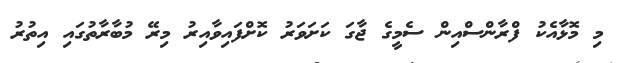
މި މޮޅާއެކު ފްރާންސްއިން ސެމީގެ ޖާގަ ކަށަވަރު ކޮށްފައިވާއިރު މިރޭ މުބާރާތުގައި އިތުރު